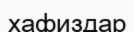
хафиздар